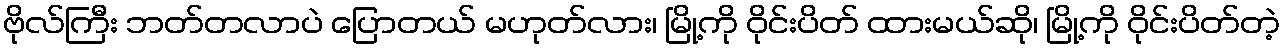
ဗိုလ်ကြီး ဘတ်တလာပဲ ပြောတယ် မဟုတ်လား၊ မြို့ကို ဝိုင်းပိတ် ထားမယ်ဆို၊ မြို့ကို ဝိုင်းပိတ်တဲ့